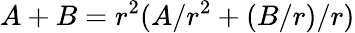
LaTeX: A+B=r^{2}(A/r^{2}+(B/r)/r)